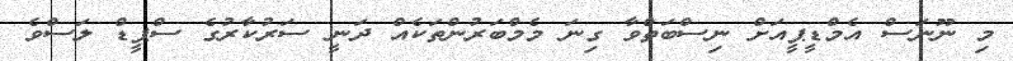
މި ނޫނަސް އެމްޑީޕީއަށް ނިސްބަތްވާ ގިނަ މެމްބަރުންތަކެއް ދަނީ ސަރުކާރުގެ ސްޕީޑް ލަސްވެ